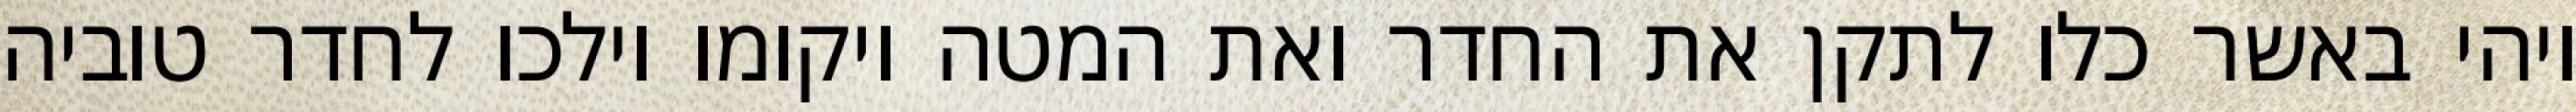
ויהי באשר כלו לתקן את החדר ואת המטה ויקומו וילכו לחדר טוביה